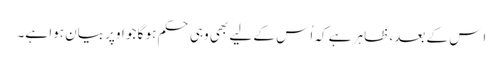
اِس کے بعد، ظاہر ہے کہ اُس کے لیے بھی وہی حکم ہو گا جو اوپر بیان ہوا ہے۔